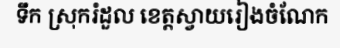
ទឹក ស្រុករំដួល ខេត្តស្វាយរៀងចំណែក